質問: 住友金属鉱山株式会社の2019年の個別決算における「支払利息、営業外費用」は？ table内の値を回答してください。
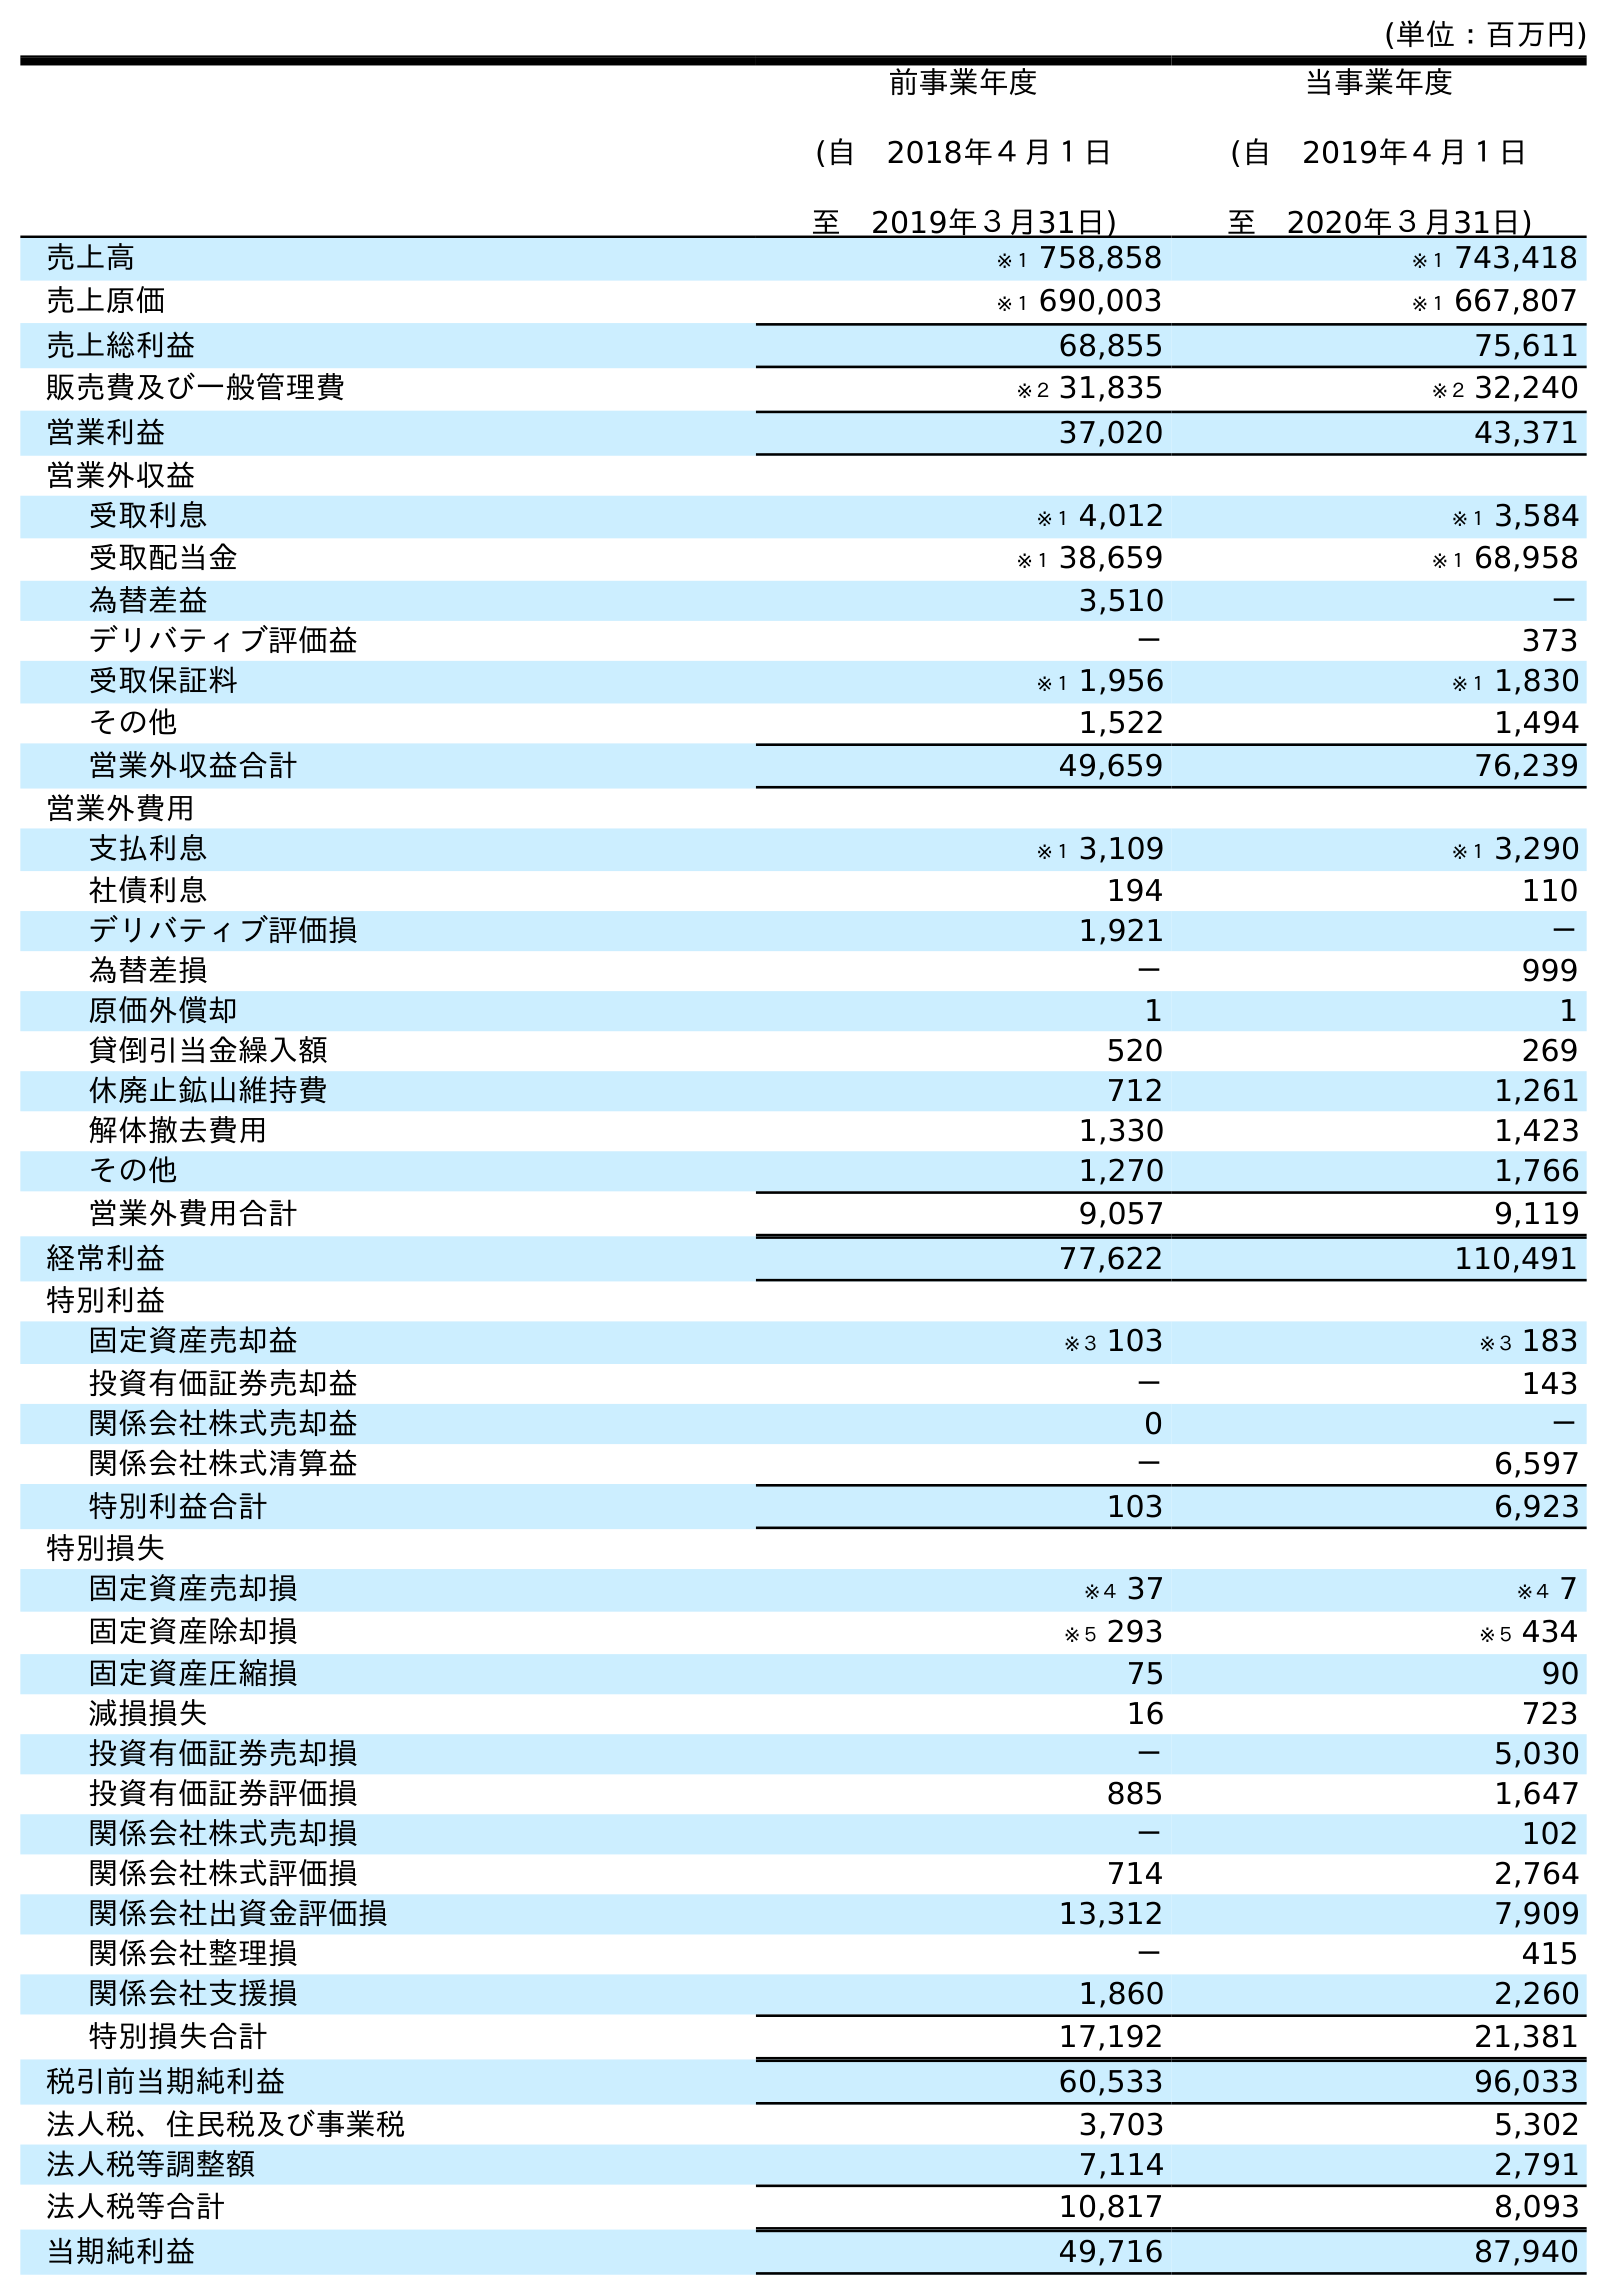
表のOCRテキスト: (単位：百万円) 前事業年度 (自 2018年４月１日 至 2019年３月31日) 当事業年度 (自 2019年４月１日 至 2020年３月31日) 売上高 ※１ 758,858 ※１ 743,418 売上原価 ※１ 690,003 ※１ 667,807 売上総利益 68,855 75,611 販売費及び一般管理費 ※２ 31,835 ※２ 32,240 営業利益 37,020 43,371 営業外収益 受取利息 ※１ 4,012 ※１ 3,584 受取配当金 ※１ 38,659 ※１ 68,958 為替差益 3,510 － デリバティブ評価益 － 373 受取保証料 ※１ 1,956 ※１ 1,830 その他 1,522 1,494 営業外収益合計 49,659 76,239 営業外費用 支払利息 ※１ 3,109 ※１ 3,290 社債利息 194 110 デリバティブ評価損 1,921 － 為替差損 － 999 原価外償却 1 1 貸倒引当金繰入額 520 269 休廃止鉱山維持費 712 1,261 解体撤去費用 1,330 1,423 その他 1,270 1,766 営業外費用合計 9,057 9,119 経常利益 77,622 110,491 特別利益 固定資産売却益 ※３ 103 ※３ 183 投資有価証券売却益 － 143 関係会社株式売却益 0 － 関係会社株式清算益 － 6,597 特別利益合計 103 6,923 特別損失 固定資産売却損 ※４ 37 ※４ 7 固定資産除却損 ※５ 293 ※５ 434 固定資産圧縮損 75 90 減損損失 16 723 投資有価証券売却損 － 5,030 投資有価証券評価損 885 1,647 関係会社株式売却損 － 102 関係会社株式評価損 714 2,764 関係会社出資金評価損 13,312 7,909 関係会社整理損 － 415 関係会社支援損 1,860 2,260 特別損失合計 17,192 21,381 税引前当期純利益 60,533 96,033 法人税、住民税及び事業税 3,703 5,302 法人税等調整額 7,114 2,791 法人税等合計 10,817 8,093 当期純利益 49,716 87,940
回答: ※１3,109